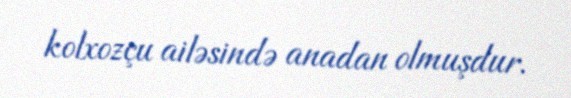
kolxozçu ailəsində anadan olmuşdur.